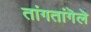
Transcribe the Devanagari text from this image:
तांगतांगॆलॆ